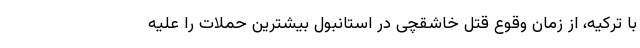
با ترکیه، از زمان وقوع قتل خاشقچی در استانبول بیشترین حملات را علیه